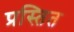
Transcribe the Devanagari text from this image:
प्रस्तित